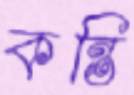
কন্তি